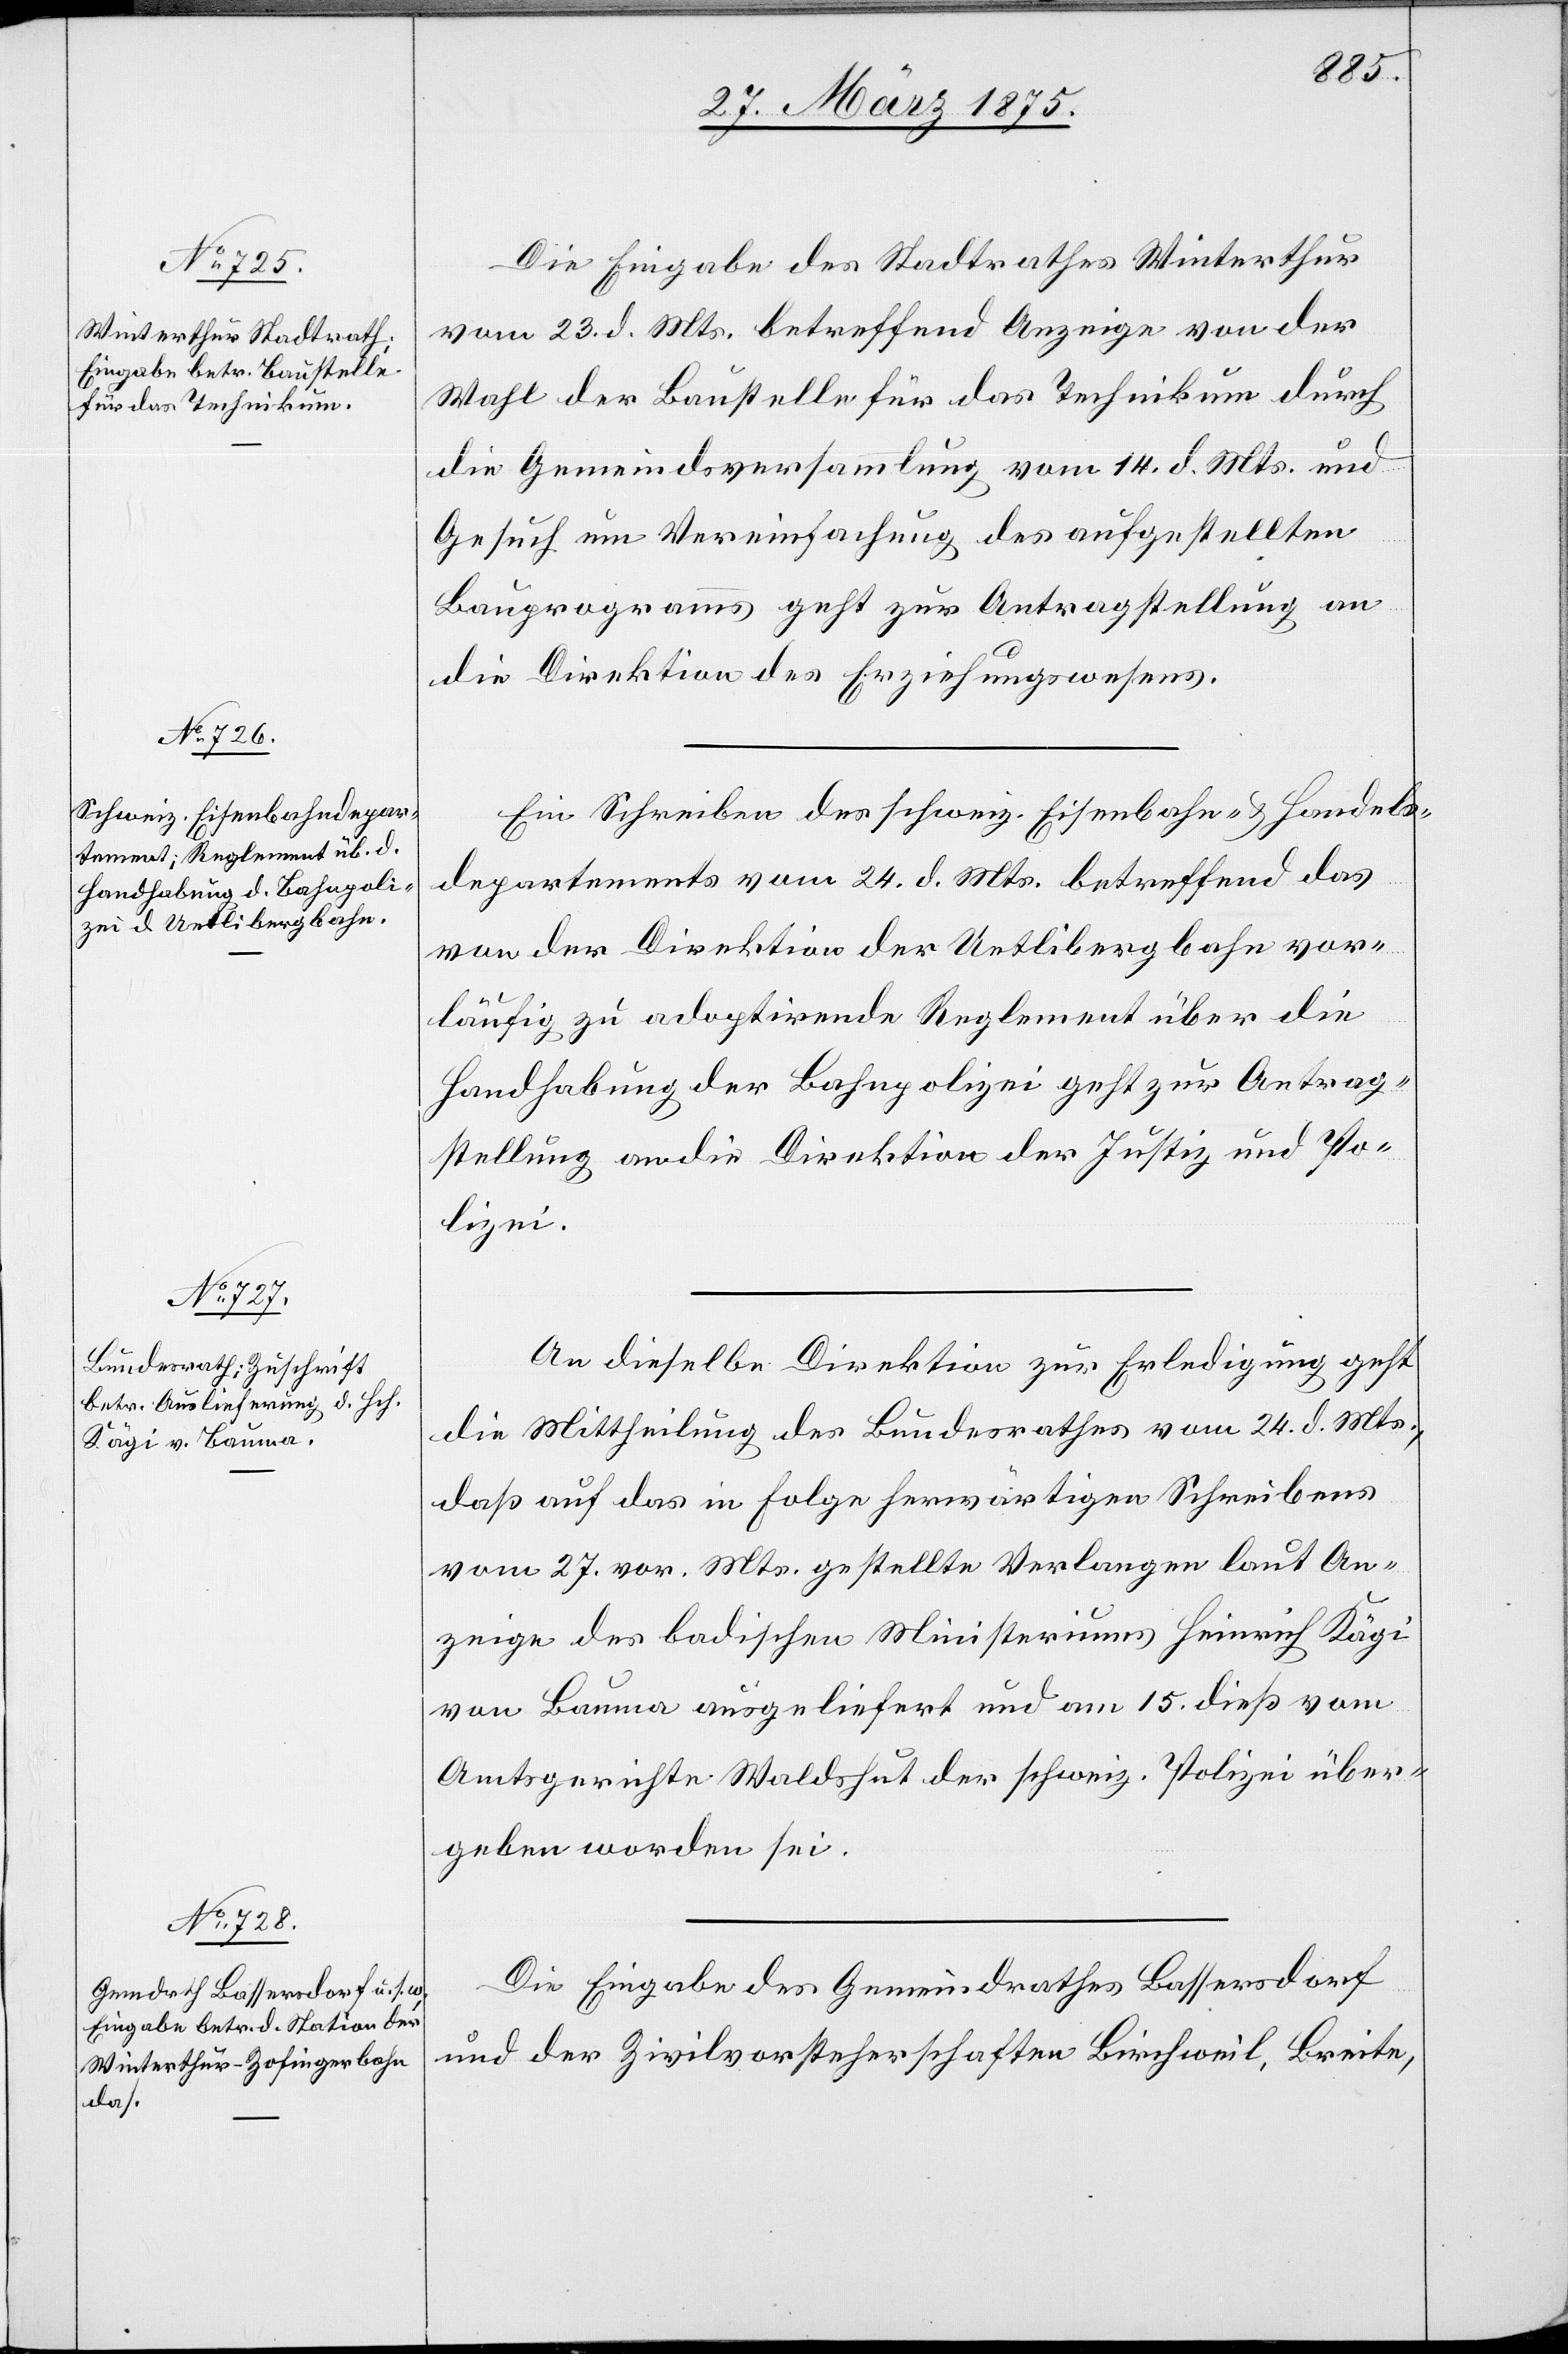
27. März 1875.]
Die Eingabe des Stadtrathes Winterthur
vom 23. d. Mts. betreffend Anzeige von der
Wahl der Baustelle für das Technikum durch
die Gemeindsversammlung vom 14. d. Mts. und
Gesuch um Vereinfachung des aufgestellten
Bauprogramms geht zur Antragstellung an
die Direktion des Erziehungswesens.
Ein Schreiben des schweiz. Eisenbahn- & Handels¬
departements vom 24. d. Mts. betreffend das
von der Direktion der Uetlibergbahn vor¬
läufig zu adoptirende Reglement über die
Handhabung der Bahnpolizei geht zur Antrag¬
stellung an die Direktion der Justiz und Po¬
lizei.
An dieselbe Direktion zur Erledigung geht
die Mittheilung des Bundesrathes vom 24. d. Mts.,
daß auf das in Folge herwärtigen Schreibens
vom 27. vor. Mts. gestellte Verlangen laut An¬
zeige des badischen Ministeriums Heinrich Kägi
von Bauma ausgeliefert und am 15. dieß vom
Amtsgerichte Waldshut der schweiz. Polizei über¬
geben worden sei.
Die Eingabe des Gemeindrahtes Bassersdorf
und der Zivilvorsteherschaften Birchweil, Breite,